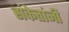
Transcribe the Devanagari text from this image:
संकेतांनी